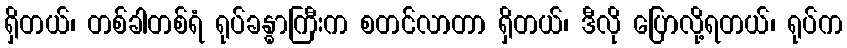
ရှိတယ်၊ တစ်ခါတစ်ရံ ရုပ်ခန္ဓာကြီးက စတင်လာတာ ရှိတယ်၊ ဒီလို ပြောလို့ရတယ်၊ ရုပ်က